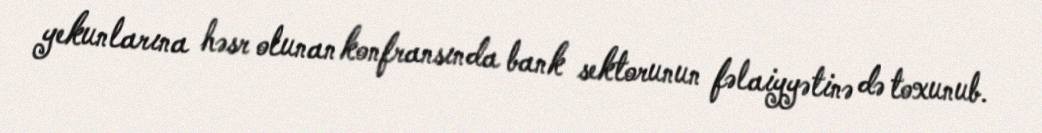
yekunlarına həsr olunan konfransında bank sektorunun fəlaiyyətinə də toxunub.